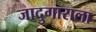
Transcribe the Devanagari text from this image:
जादुगाराला